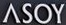
ASOY